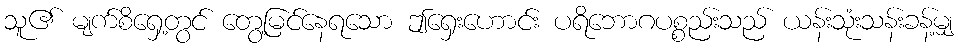
သူ၏ မျက်စိရှေ့တွင် တွေ့မြင်နေရသော ဤရှေးဟောင်း ပရိဘောဂပစ္စည်းသည် ယန်းသုံးသန်းခန့်မျှ